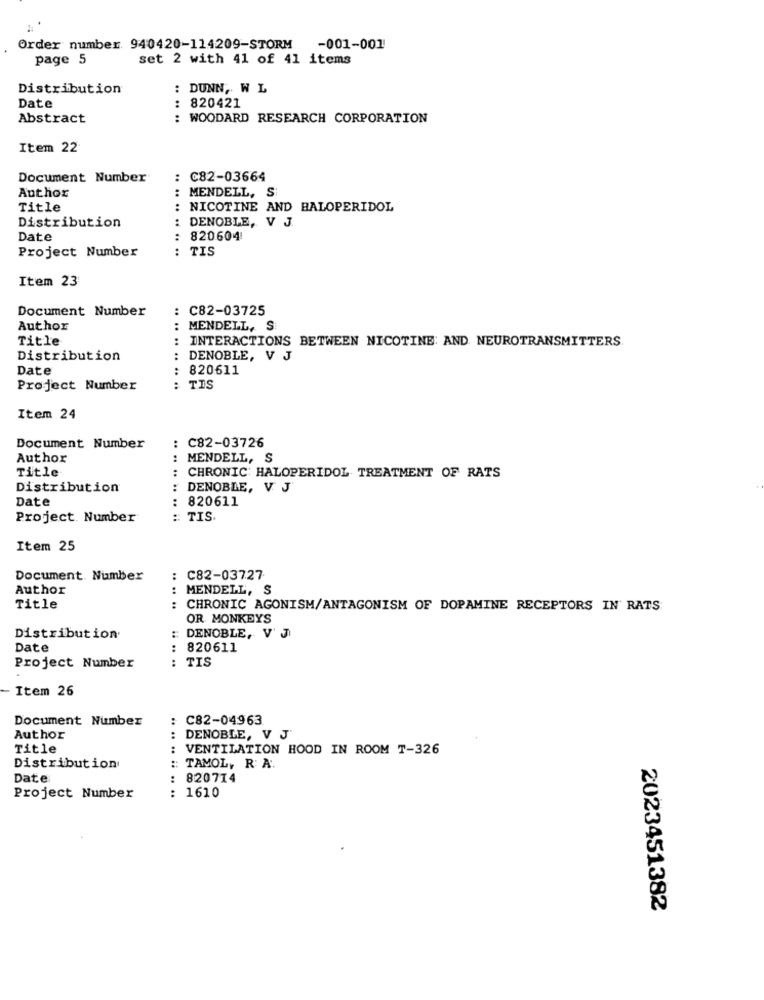
Order number 940420-114209-STORM -001-001
page 5
set 2 with 41 of 41 items
Distribution
: DUNN, W L
Date
: 820421
Abstract
: WOODARD RESEARCH CORPORATION
Item 22
Document Number
: C82-03664
Author
:
MENDELL, S
Title
:
NICOTINE AND HALOPERIDOL
Distribution
:
DENOBLE, V J
Date
820604
Project Number
: TIS
.. ..
Item 23
Document Number
: C82-03725
Author
:
MENDELL, S
Title
INTERACTIONS BETWEEN NICOTINE: AND NEUROTRANSMITTERS
Distribution
:
DENOBLE, V J
Date
820611
Project Number
: TIS
Item 24
Document Number
: C82-03726
Author
: MENDELL, S
Title
: CHRONIC HALOPERIDOL TREATMENT OF RATS
Distribution
..
DENOBLE, V J
Date
820611
Project. Number
:: TIS.
....
Item 25
Document. Number
: C82-03727
Author
: MENDELL, S
Title
CHRONIC AGONISM/ANTAGONISM OF DOPAMINE RECEPTORS IN RATS
OR MONKEYS
Distribution
:: DENOBLE, V' J
Date
: 820611
: TIS
Project Number
Item 26
Document Number
: C82-04963
Author
DENOBLE, V J'
Title
VENTILATION HOOD IN ROOM T-326
Distribution
:: TAMOL, R. A.
.. .. .. ..
Date
:
820714
Project Number
: 1610
2023451382